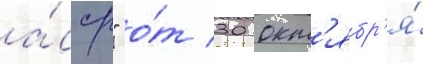
а́сср" о́т 30 окт'ябр'я́